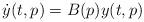
LaTeX: \begin{align*} \dot{y}(t,p) = B(p) y(t,p)\end{align*}